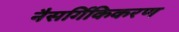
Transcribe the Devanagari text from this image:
नैसर्गिकिकरण